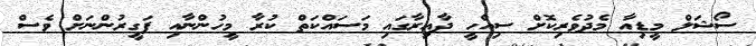
ސޯޝަލް މީޑިއާ މެދުވެރިކޮށް ސިއްހީ ދާއިރާގައި މަސައްކަތް ކުރާ މީހުންނާއި ފަގީރުންނަށް ވެސް